Annual report of the Central Committee of the Association together with the report of the directors of the Pasteur Institute at Kasauli
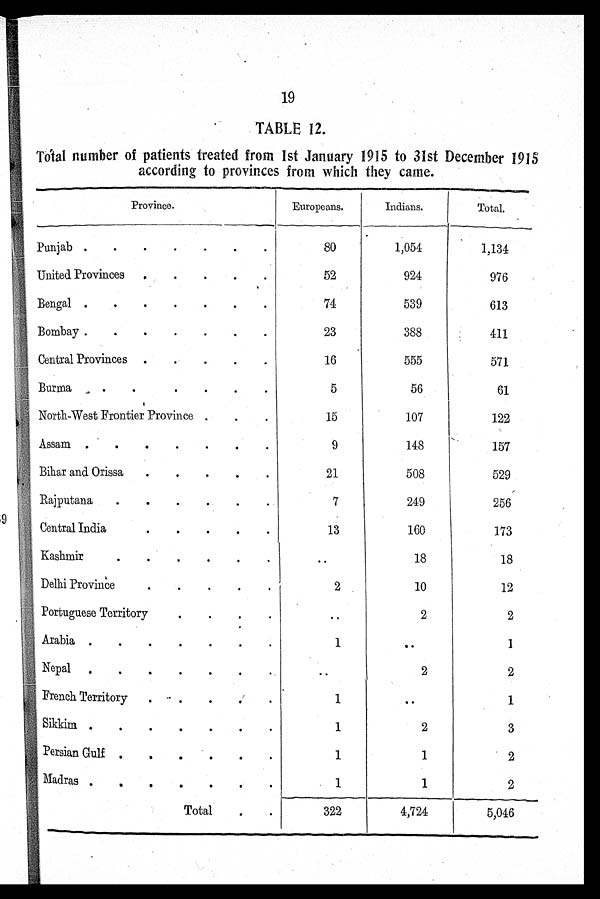
19
TABLE 12.
Total number of patients treated from 1st January 1915 to 31st December 1915
according to provinces fro which they came.
Province..
Europeans.
Indians.
Total.
.
.
.
Punjab .
.
.
.
80
1,054
1,134
.
.
•
.
United Provinces.
924
976
.
.
.
.
.
.
Bengal.
539
613
Bombay .
.
.
•
,
23
388
411
.
.
.
.
Central Provinces.
555
571
.
•
.
Burma
•
•
.
5
56
61
.
.
North-West Frontier Province.
107
122
.
.
.
Assam .
.
.
.
9
148
157
.
.
.
Bihar and Orissa
.
.
21
508
529
R a j p u t a n a
7
249
256
.
.
Central India.
.
.
160
173
Kashmir
..
18
18
Delhi Province
.
.
.
.
.
2
12
Portuguese Territory.
.
.
.
2
.
Arabia. .
.
.
. •
1
Nepal .
.
.
.
.
.
.
..
2
2
French Territory
.
1
1
Sikkim ..
.
.
.
.
.
1
2
3
Persian Gulf. .
.
.
.
.
1
2
Madras.
.
.
.
.
.
.
2
.
Total
322
4,724
5,046